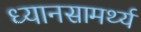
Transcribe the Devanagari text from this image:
ध्यानसामर्थ्य